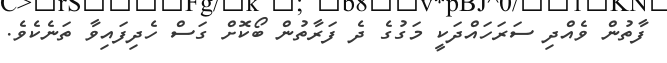
ފާތުން ވެއްދި ސަރަހައްދަކީ މަގުގެ ދެ ފަރާތުން ބޯކޮށް ގަސް ހެދިފައިވާ ތަނެކެވެ.